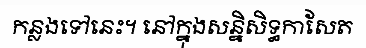
កន្លងទៅនេះ។ នៅក្នុងសន្និសិទ្ធកាសែត